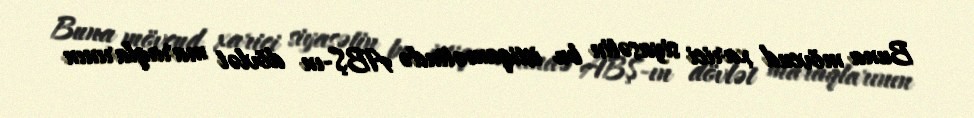
Buna mövcud xarici siyasətin bu istiqamətində ABŞ-ın dövlət maraqlarının